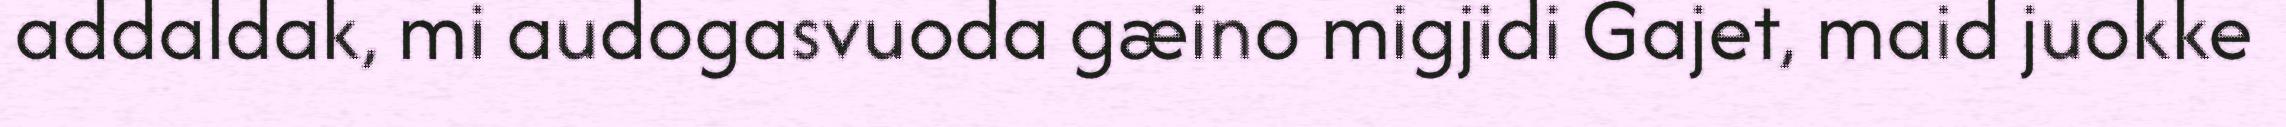
addaldak, mi audogasvuoda gæino migjidi Gajet, maid juokke